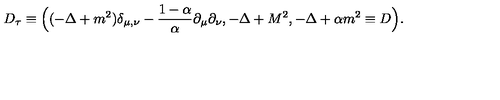
D _ { \tau } \equiv \Bigl ( ( - \Delta + m ^ { 2 } ) \delta _ { \mu , \nu } - \frac { 1 - \alpha } { \alpha } \partial _ { \mu } \partial _ { \nu } , - \Delta + M ^ { 2 } , - \Delta + \alpha m ^ { 2 } \equiv D \Bigr ) .